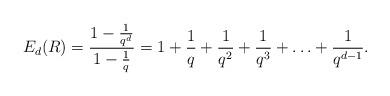
LaTeX: \begin{align*} E_d(R) = \frac{1 - \frac{1}{q^d}}{1 - \frac{1}{q}} = 1 + \frac{1}{q} + \frac{1}{q^2} + \frac{1}{q^3} + \ldots + \frac{1}{q^{d-1}}.\end{align*}